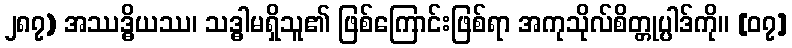
၂၈၇) အဿဒ္ဓိယဿ၊ သဒ္ဓါမရှိသူ၏ ဖြစ်ကြောင်းဖြစ်ရာ အကုသိုလ်စိတ္တုပ္ပါဒ်ကို။ [၀၇]